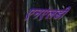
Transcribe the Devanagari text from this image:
एनएलडी